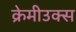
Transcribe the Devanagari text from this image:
क्रेमीउक्स